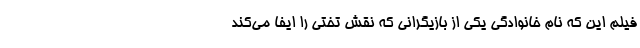
فیلم این که نام خانوادگی یکی از بازیگرانی که نقش تختی را ایفا می‌کند